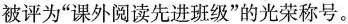
被评为”课外阅读先进班级”的光荣称号。